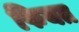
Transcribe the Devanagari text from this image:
फियत